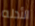
الأدله